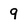
Character: 9